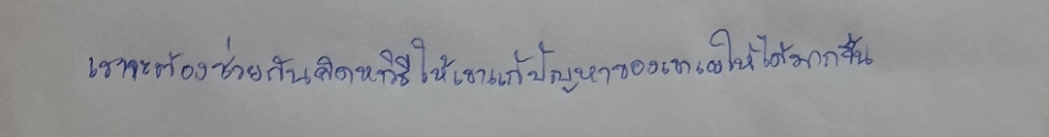
เราจะต้องช่วยกันคิดค้นหาวิธีให้เขาแก้ปัญหาของเขาเองให้ได้มากขึ้น